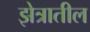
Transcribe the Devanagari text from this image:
झेत्रातील